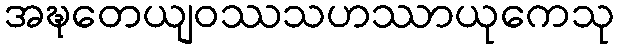
အဍ္ဎတေယျဝဿသဟဿာယုကေသု